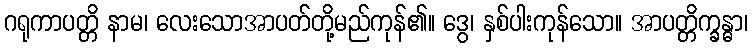
ဂရုကာပတ္တိ နာမ၊ လေးသောအာပတ်တို့မည်ကုန်၏။ ဒွေ၊ နှစ်ပါးကုန်သော။ အာပတ္တိက္ခန္ဓာ၊